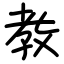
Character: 教